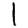
Digit: 1